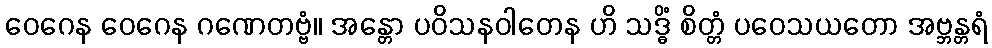
ဝေဂေန ဝေဂေန ဂဏေတဗ္ဗံ။ အန္တော ပဝိသနဝါတေန ဟိ သဒ္ဓိံ စိတ္တံ ပဝေသယတော အဗ္ဘန္တရံ